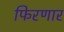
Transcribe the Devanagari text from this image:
फिरणार